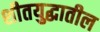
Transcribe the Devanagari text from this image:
शीतयुद्धातील